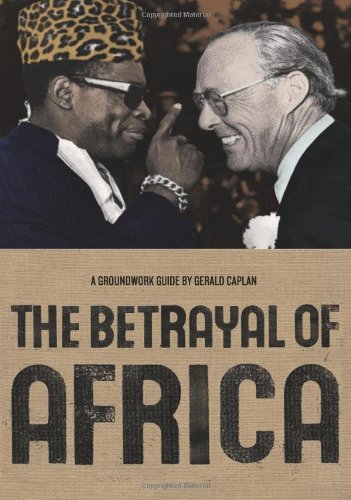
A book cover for The Betrayal of Africa (Groundwork Guides); Gerald Caplan; Children's Books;